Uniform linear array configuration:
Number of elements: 8
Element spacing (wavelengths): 1
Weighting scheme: blackman
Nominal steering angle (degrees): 15
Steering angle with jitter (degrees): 15.771
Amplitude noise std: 0.05
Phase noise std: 0.05

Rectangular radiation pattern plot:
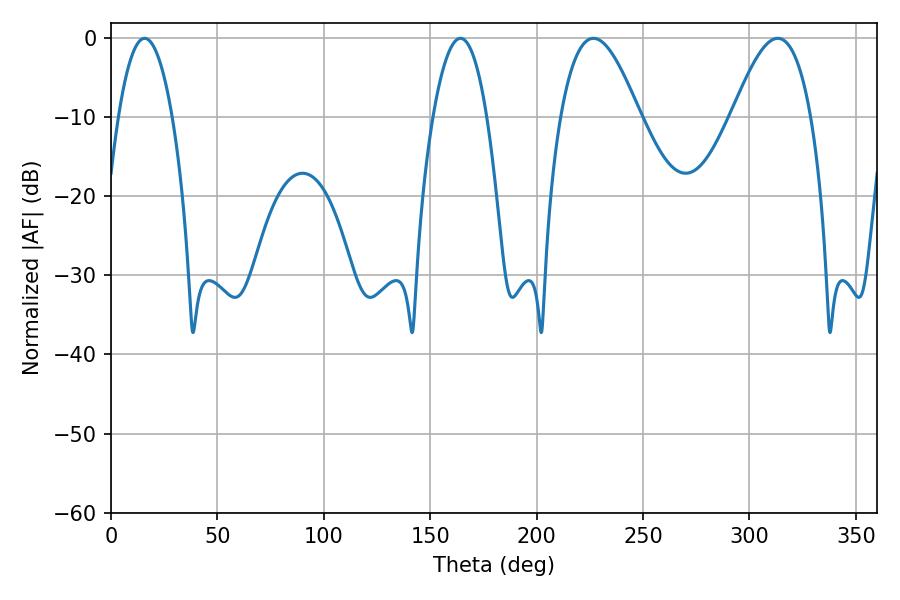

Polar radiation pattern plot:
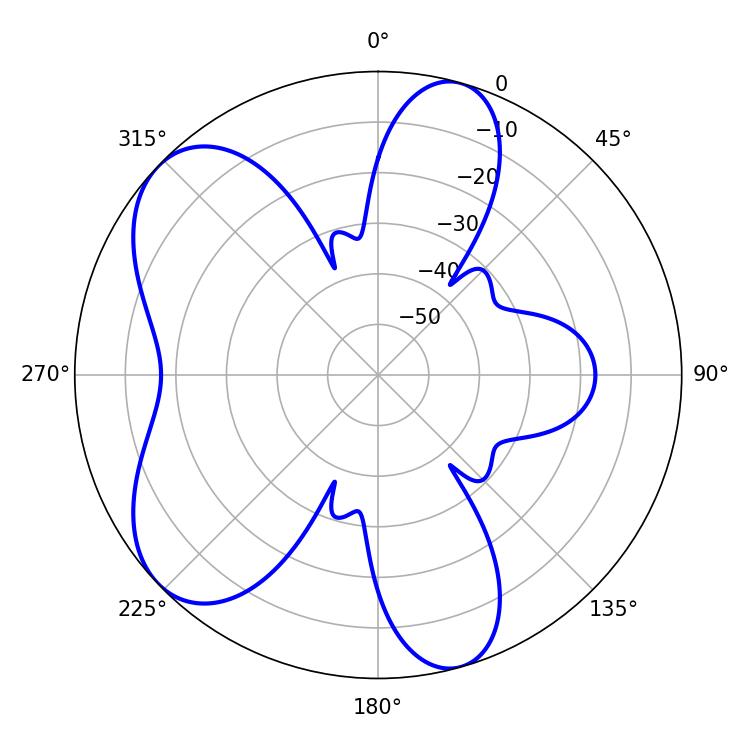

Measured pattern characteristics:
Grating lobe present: TRUE
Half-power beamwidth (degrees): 14.04
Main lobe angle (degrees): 15.84